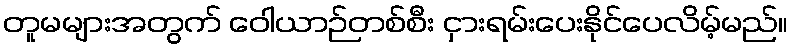
တူမများအတွက် ဝေါယာဉ်တစ်စီး ငှားရမ်းပေးနိုင်ပေလိမ့်မည်။